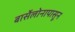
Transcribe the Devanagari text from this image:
बार्सेलोनापासून